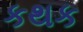
કથક